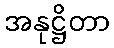
အနုဋ္ဌိတာ